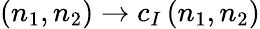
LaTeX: (n_{1},n_{2})\rightarrow c_{I}\, (n_{1},n_{2})